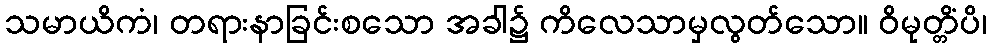
သမာယိကံ၊ တရားနာခြင်းစသော အခါ၌ ကိလေသာမှလွတ်သော။ ဝိမုတ္တိံပိ၊